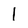
Character: 1